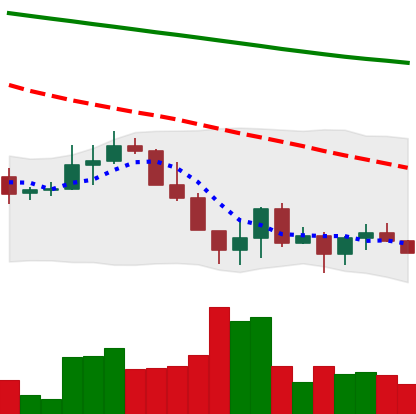
Ticker: ADA-USD
Chart end date: 2022-06-22
Forward return: 5.936%
Label: up_5_7